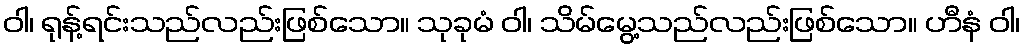
ဝါ၊ ရုန့်ရင်းသည်လည်းဖြစ်သော။ သုခုမံ ဝါ၊ သိမ်မွေ့သည်လည်းဖြစ်သော။ ဟီနံ ဝါ၊